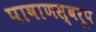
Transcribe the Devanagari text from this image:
पाषाणस्वरूप